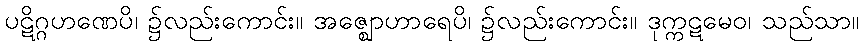
ပဋိဂ္ဂဟဏေပိ၊ ၌လည်းကောင်း။ အဇ္ဈောဟာရေပိ၊ ၌လည်းကောင်း။ ဒုက္ကဋမေဝ၊ သည်သာ။